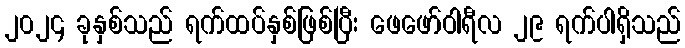
၂၀၂၄ ခုနှစ်သည် ရက်ထပ်နှစ်ဖြစ်ပြီး ဖေဖော်ဝါရီလ ၂၉ ရက်ပါရှိသည်